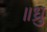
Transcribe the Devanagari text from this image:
॥ध्रु